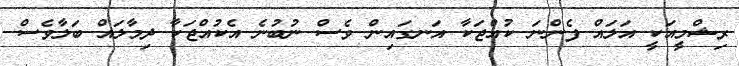
ރިޝްމީއަކީ އަލައް ފެންނަ ކުއްޖަކާ އަނގައިން ވެސް ނުބުނެ އެކުއްޖަކާ ދިމާލައް ބަލާވެސް